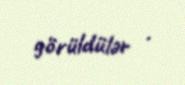
görüldülər .